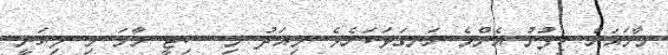
މާމައަށް ހިފުނު އެންމެ ރަނގަޅަކަށެވެ. މިއަދު މި ސިޓީ މާމަ މި ލިޔަނީ